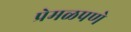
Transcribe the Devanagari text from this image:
प्रेमळपणे